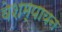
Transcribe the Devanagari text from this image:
वेशम्पायन